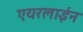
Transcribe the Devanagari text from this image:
एयरलाईन